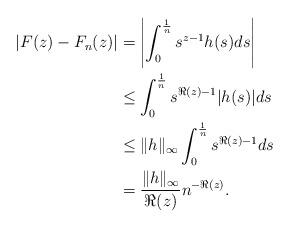
LaTeX: \begin{align*} |F(z)-F_n(z)| &= \left|\int_0^{\frac1n}s^{z-1}h(s)ds\right|\\ &\leq \int_0^{\frac1n}s^{\Re(z)-1}|h(s)|ds\\ &\leq \|h\|_{\infty}\int_0^{\frac1n}s^{\Re(z)-1}ds\\ &= \frac{\|h\|_{\infty}}{\Re(z)} n^{-\Re(z)}. \end{align*}